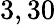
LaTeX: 3,30